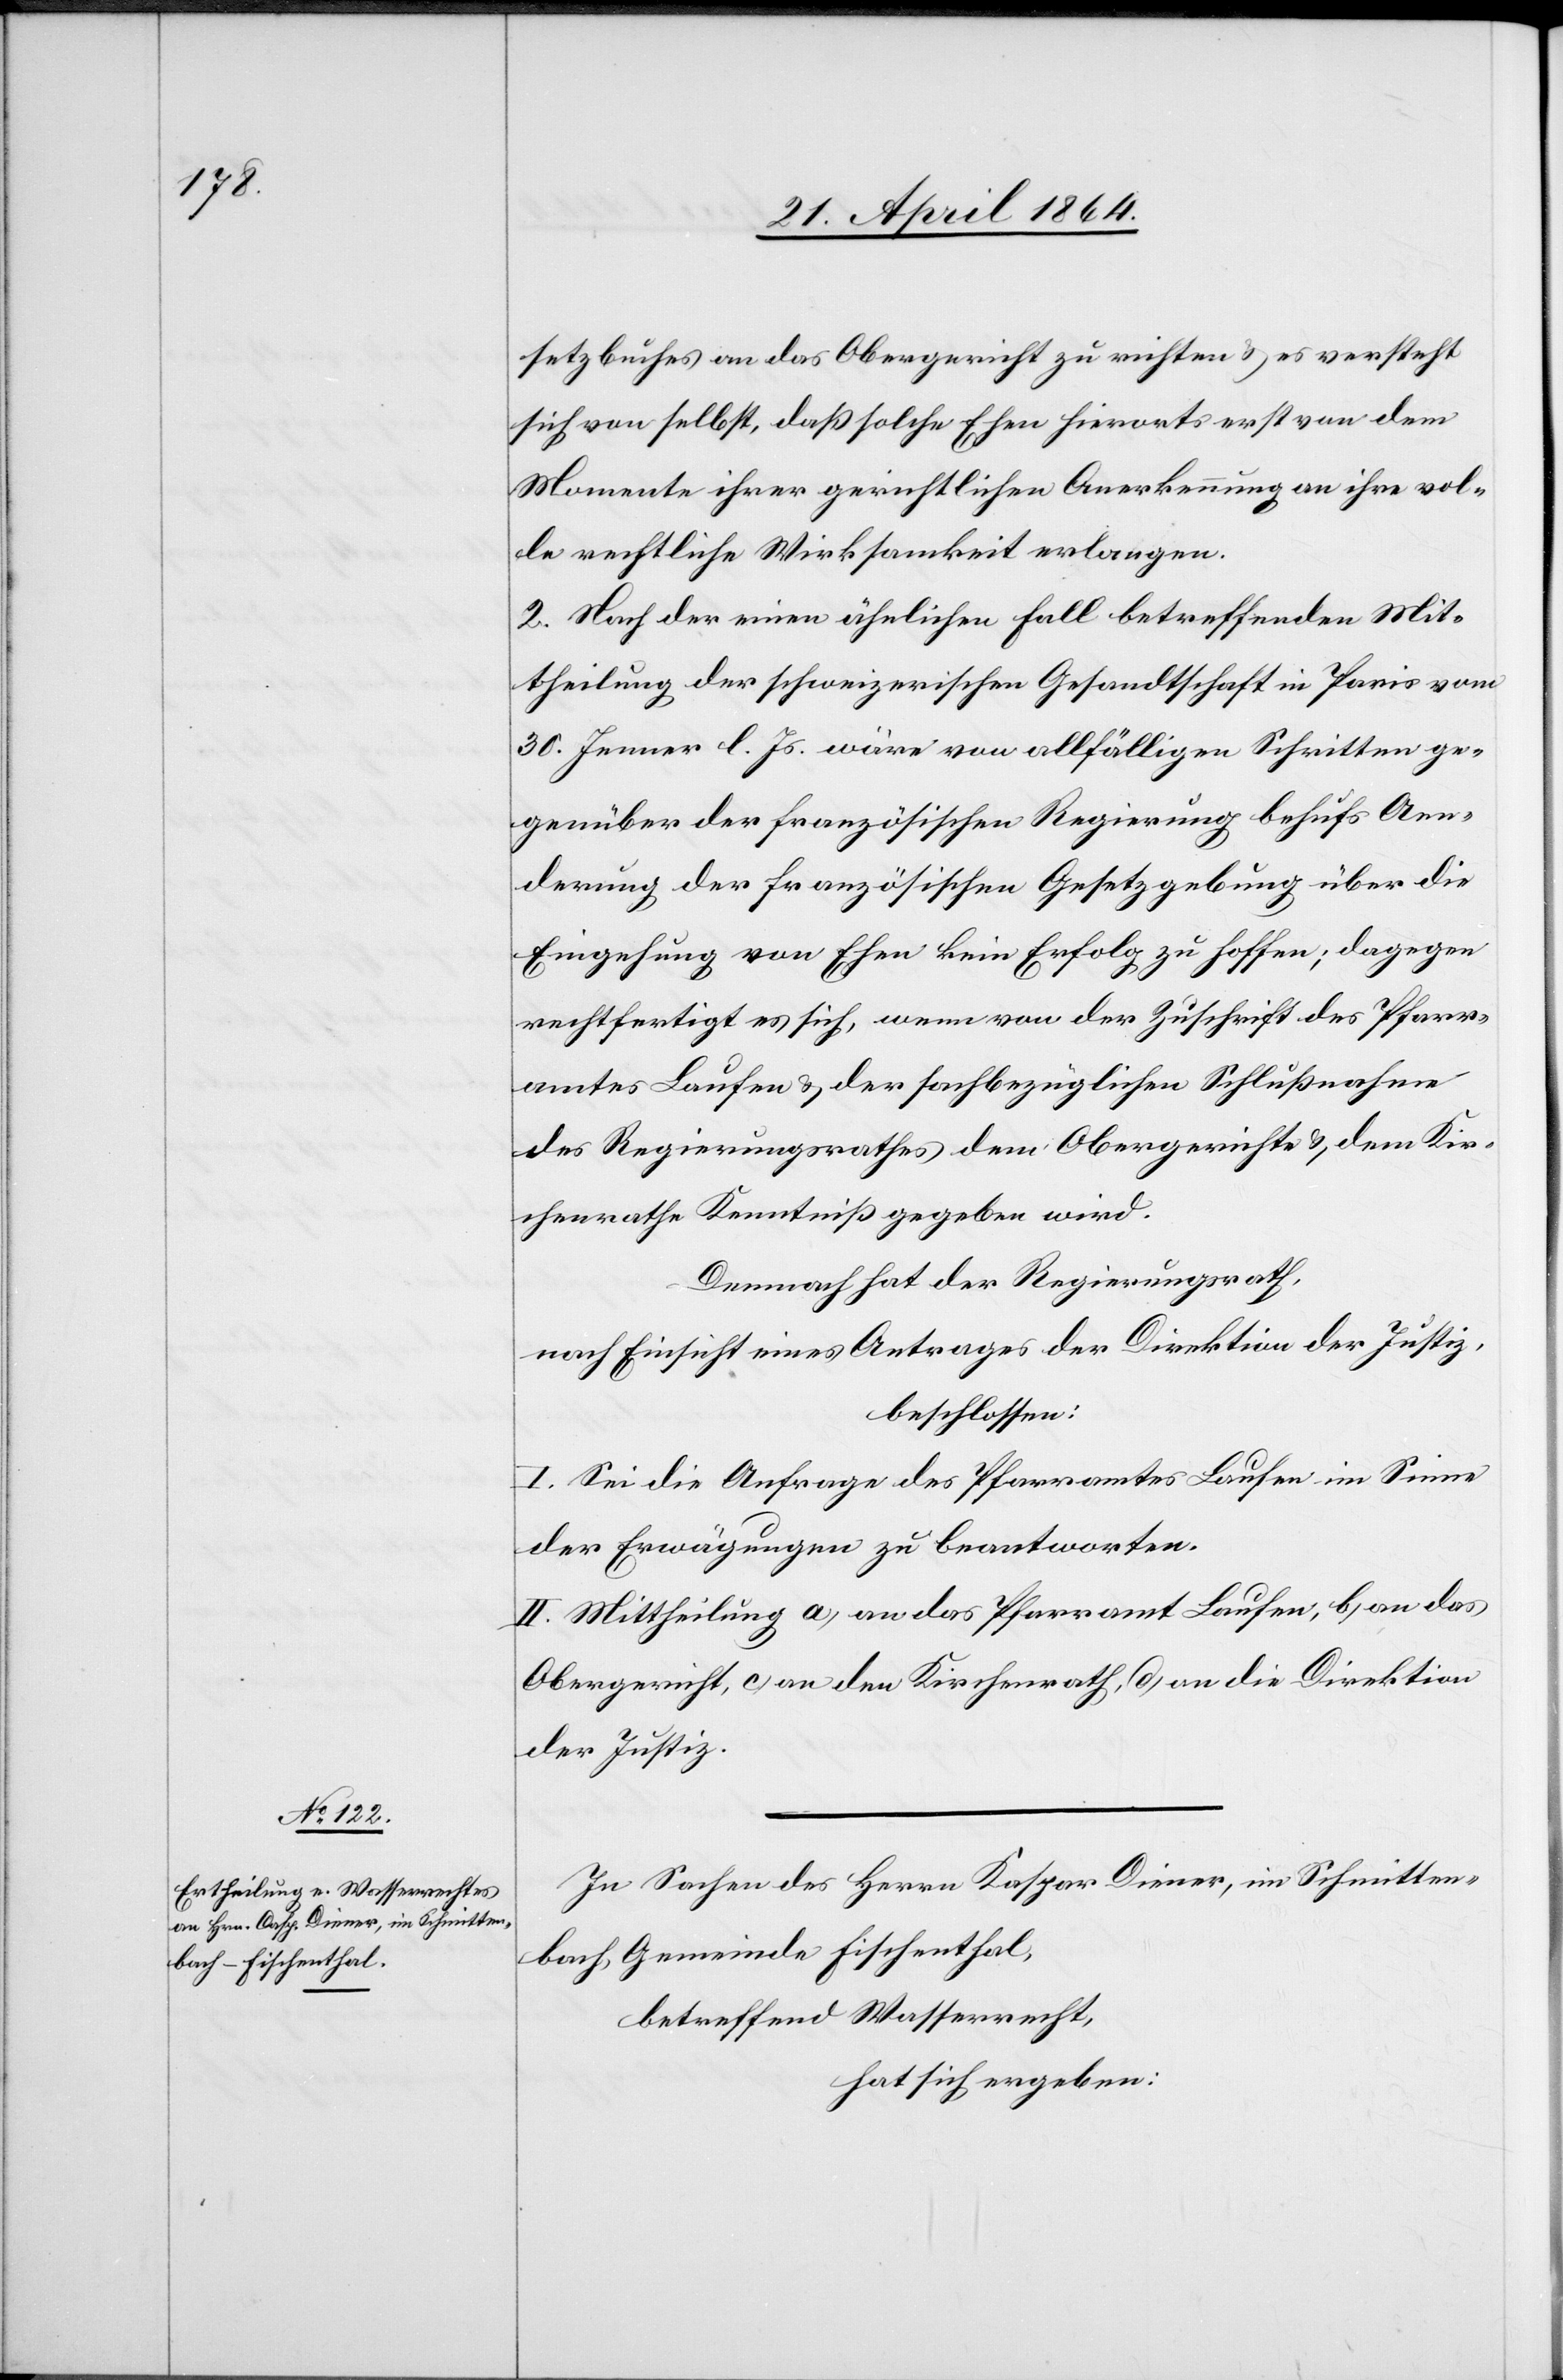
setzbuches an das Obergericht zu richten u. es versteht
sich von selbst, daß solche Ehen hierorts erst von dem
Momente ihrer gerichtlichen Anerkennung an ihre vol¬
le rechtliche Wirksamkeit erlangen.
2. Nach der einen ähnlichen Fall betreffenden Mit¬
theilung der schweizerischen Gesandtschaft in Paris vom
30. Jenner l. Js. wäre von allfälligen Schritten ge¬
genüber der französischen Gesetzgebung über die
Eingehung von Ehen kein Erfolg zu hoffen; dagegen
rechtfertigt es sich, wenn von der Zuschrift des Pfarr¬
amtes Laufen u. der sachbezüglichen Schlußnahme
des Regierungsrathes dem Obergerichte u. dem Kir¬
chenrathe Kenntniß gegeben wird.
Demnach hat der Regierungsrath,
nach Einsicht eines Antrages der Direktion der Justiz,
beschlossen:
I. Sei die Anfrage des Pfarramtes Laufen im Sinne
der Erwägungen zu beantworten.
II. Mittheilung a) an das Pfarramt Laufen, b) an das
Obergericht, c) an den Kirchenrath, d) an die Direktion
der Justiz.
In Sachen des Herrn Kaspar Diener, im Schmitten¬
bach, Gemeinde Fischenthal,
betreffend Wasserrecht,
hat sich ergeben: